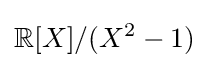
\mathbb {R} [X]/(X^{2}-1)